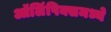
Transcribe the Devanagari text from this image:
ऑलिंपिक्समध्ये